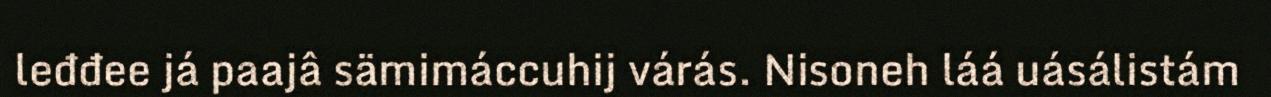
leđđee já paajâ sämimáccuhij várás. Nisoneh láá uásálistám